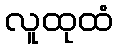
လူထုထံ